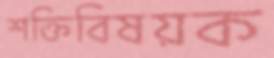
শক্তিবিষয়ক